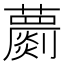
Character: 蘮